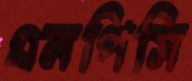
এনপিসি